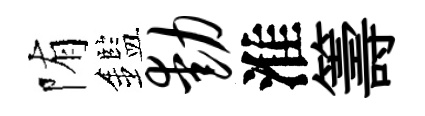
陏鑑动淮籌